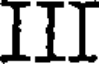
III